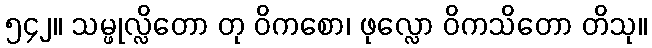
၅၄၂။ သမ္ဖုလ္လိတော တု ဝိကစော၊ ဖုလ္လော ဝိကသိတော တိသု။